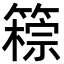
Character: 䉘